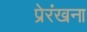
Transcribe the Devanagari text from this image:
प्रेरंखना